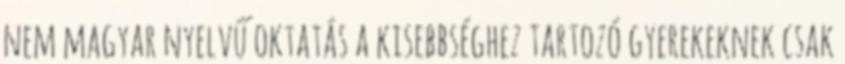
nem magyar nyelvű oktatás a kisebbséghez tartozó gyerekeknek csak